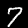
Digit: 7